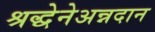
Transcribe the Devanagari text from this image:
श्रद्धेनेअन्नदान